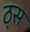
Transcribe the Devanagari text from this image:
ठ्स